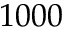
1 0 0 0